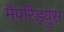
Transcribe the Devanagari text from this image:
मैपरिड्युस